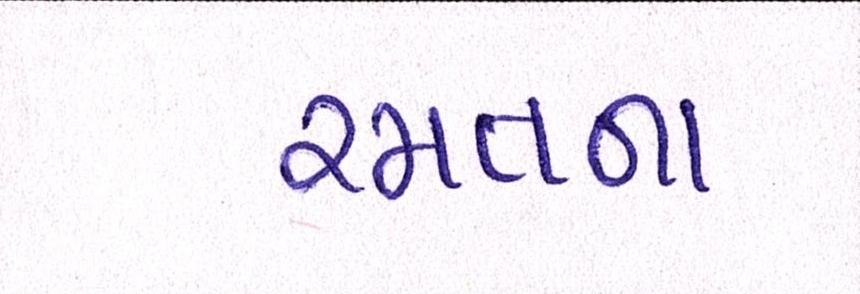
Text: રમતના